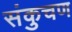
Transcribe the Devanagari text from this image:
संकुचण